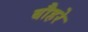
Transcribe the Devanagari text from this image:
बौहरे